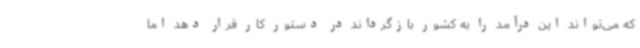
که می‌تواند این درآمد را به کشور بازگرداند در دستور کار قرار دهد اما